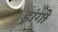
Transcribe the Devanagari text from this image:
ड्रांगो